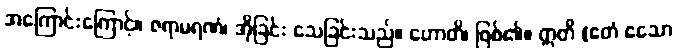
အကြောင်းကြောင့်။ ဇရာမရဏံ၊ အိုခြင်း သေခြင်းသည်။ ဟောတိ၊ ဖြစ်၏။ ဣတိ (ဧတံ ဧသော